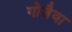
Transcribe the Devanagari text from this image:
गोजैवा